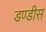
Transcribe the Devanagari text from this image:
डण्डीस